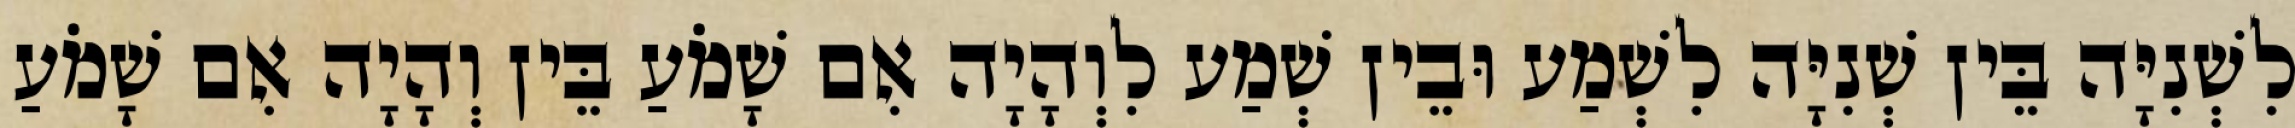
לִשְׁנִיָּה בֵּין שְׁנִיָּה לִשְׁמַע וּבֵין שְׁמַע לִוְהָיָה אִם שָׁמֹעַ בֵּין וְהָיָה אִם שָׁמֹעַ